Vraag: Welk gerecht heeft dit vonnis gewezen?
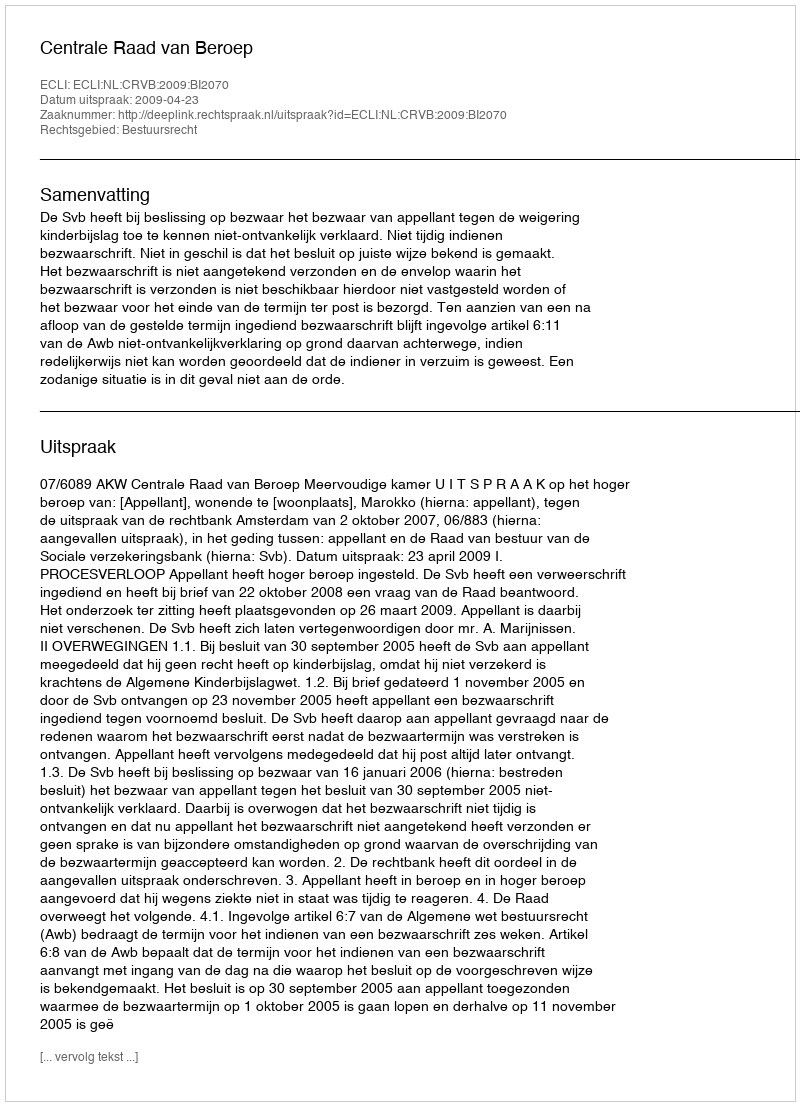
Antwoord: Centrale Raad van Beroep